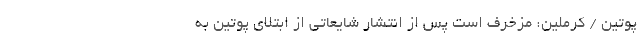
پوتین / کرملین: مزخرف است پس از انتشار شایعاتی از ابتلای پوتین به